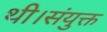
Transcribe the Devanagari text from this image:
थी।संयुक्त